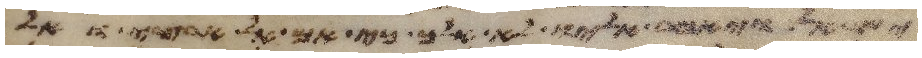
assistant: ישראל ויאמר אליו לא אלך כי אם אל ארצי ואל